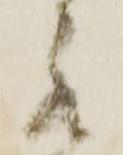
罷